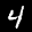
Label: 4